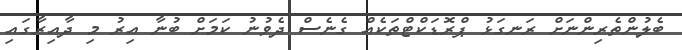
ބެލުންތެރިންނަށް ރަނގަޅު ޕްރޮޑަކްޓްތަކެއް ގެނެސް ދެވުނު ކަމަށް ބުނާ އިރު މި ދާއިރާގައި